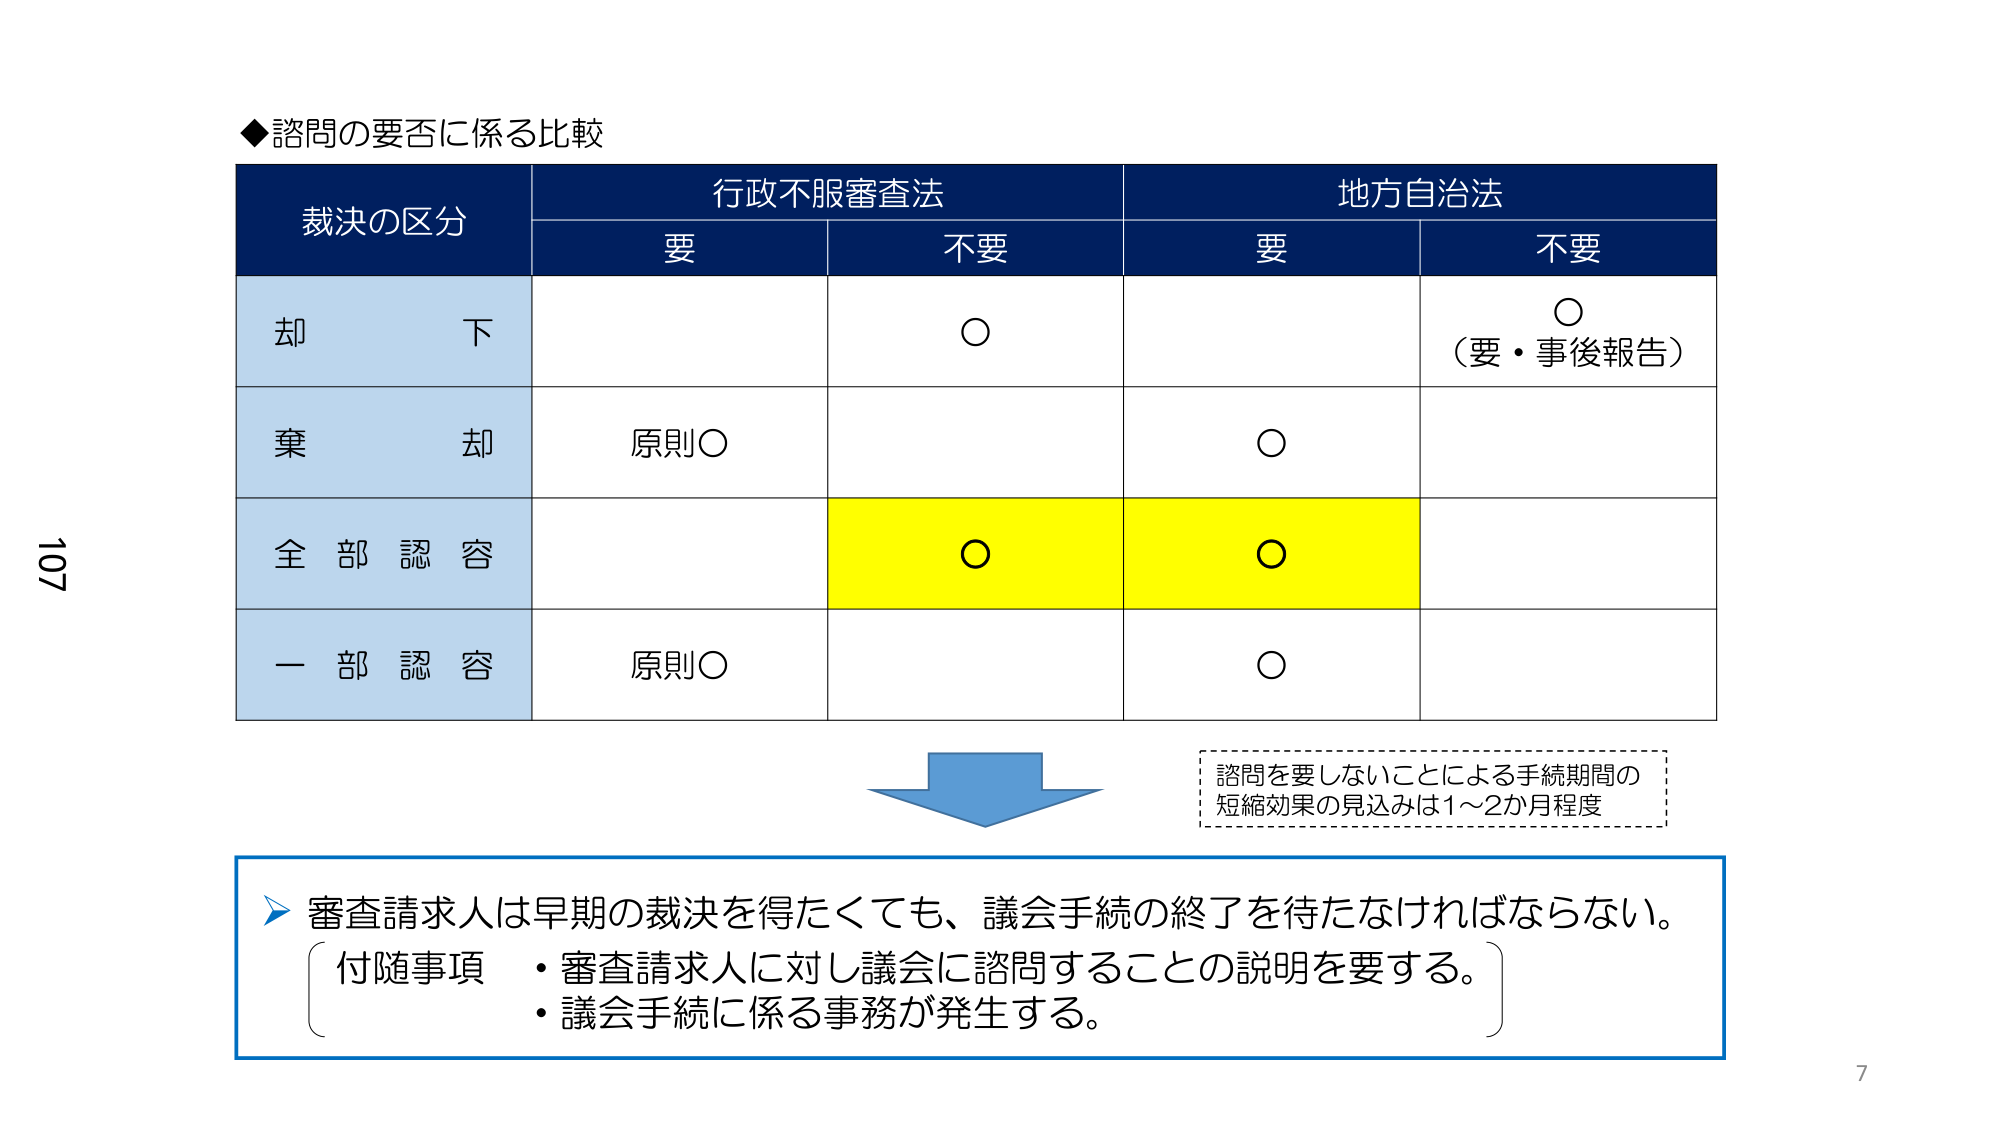
◆諮問の要否に係る比較

裁決の区分　　　　　行政不服審査法　　　　　地方自治法
　　　　　　　　　　要　　　　　不要　　　　要　　　　　不要

却下　　　　　　　　　　　　○　　　　　　　　　　○
　　　　　　　　　　　　　　　　　　　　　　　　（要・事後報告）

棄却　　　　　　　原則○　　　　　　　　○

全部認容　　　　　　　　　　○　　　　　　○

一部認容　　　　　原則○　　　　　　　　○

　　　　　　　　　　　　　　　　　　　　　　諮問を要しないことによる手続期間の
　　　　　　　　　　　　　　　　　　　　　　短縮効果の見込みは1～2か月程度

▶審査請求人は早期の裁決を得たくても、議会手続の終了を待たなければならない。
　付随事項　・審査請求人に対し議会に諮問することの説明を要する。
　　　　　　・議会手続に係る事務が発生する。

107
7